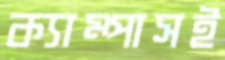
ক্যাম্পাসই